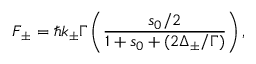
\boldsymbol { F } _ { \pm } = \hbar \boldsymbol { k } _ { \pm } \Gamma \left( \frac { s _ { 0 } / 2 } { 1 + s _ { 0 } + ( 2 \Delta _ { \pm } / \Gamma ) } \right) ,